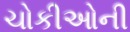
ચોકીઓની